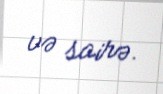
və sairə.